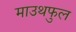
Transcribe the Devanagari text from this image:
माउथफुल